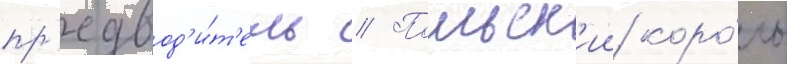
пр'едвод'и́т'ель // Польск'ии коро́ль